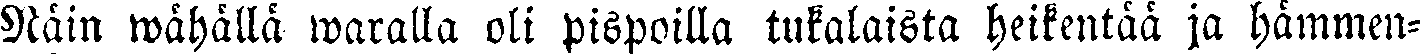
Näin wähällä waralla oli pispoilla tukalaista heikentää ja hämmen-